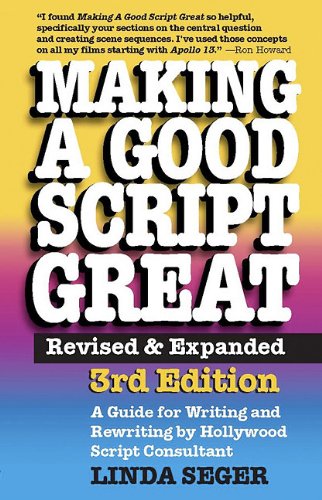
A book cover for Making a Good Script Great, 3rd Ed.; Linda Seger; Humor & Entertainment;